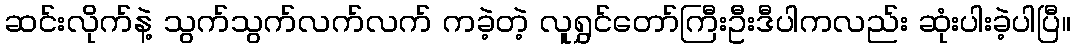
ဆင်းလိုက်နဲ့ သွက်သွက်လက်လက် ကခဲ့တဲ့ လူရွှင်တော်ကြီးဦးဒီပါကလည်း ဆုံးပါးခဲ့ပါပြီ။